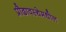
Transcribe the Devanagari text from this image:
प्रौढावस्थेमधील